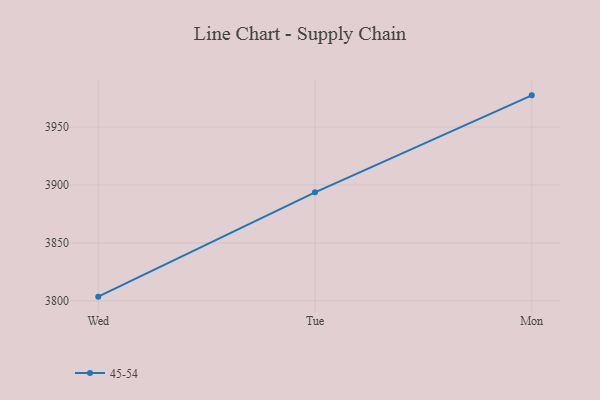
{"axis": {"x": "Day", "y": "Conversion Rate (%)"}, "legend": ["45-54"], "data": [{"x": "Wed", "y": 3803.6, "type": "45-54"}, {"x": "Tue", "y": 3893.6, "type": "45-54"}, {"x": "Mon", "y": 3977.3, "type": "45-54"}]}